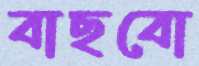
বাছবো